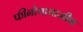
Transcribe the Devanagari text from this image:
फीनोथायाजीन